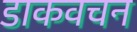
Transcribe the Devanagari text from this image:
डाकवचन